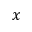
x